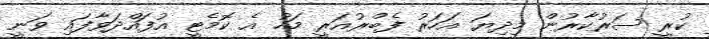
ކުރީ ސަރުކާރުން މިދިޔަ އަހަރު ފެބްރުއަރީ މަހު އެ ކޮމެޓީ އުފައްދަވާފައި ވަނީ